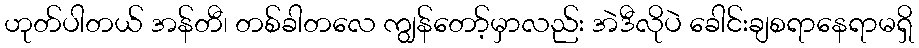
ဟုတ်ပါတယ် အန်တီ၊ တစ်ခါတလေ ကျွန်တော့်မှာလည်း အဲဒီလိုပဲ ခေါင်းချစရာနေရာမရှိ